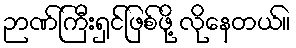
ဉာဏ်ကြီးရှင်ဖြစ်ဖို့ လိုနေတယ်။